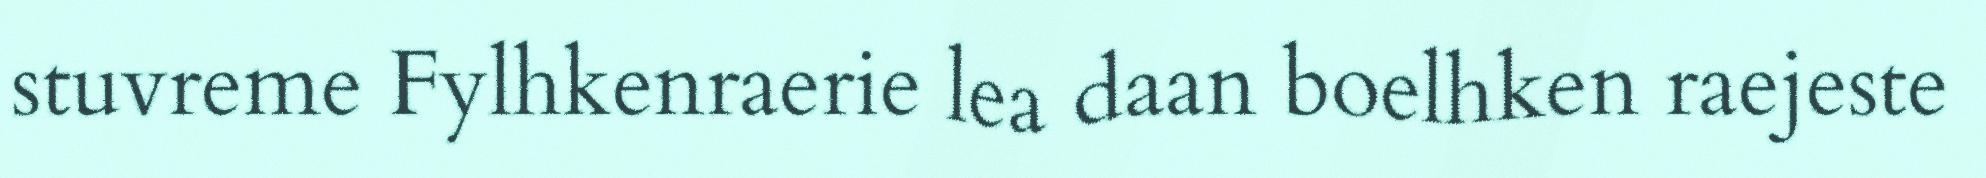
stuvreme Fylhkenraerie lea daan boelhken raejeste